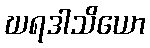
ဃရဒါသိယော